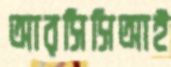
আরসিসিআই